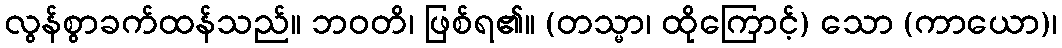
လွန်စွာခက်ထန်သည်။ ဘဝတိ၊ ဖြစ်ရ၏။ (တသ္မာ၊ ထိုကြောင့်) သော (ကာယော)၊